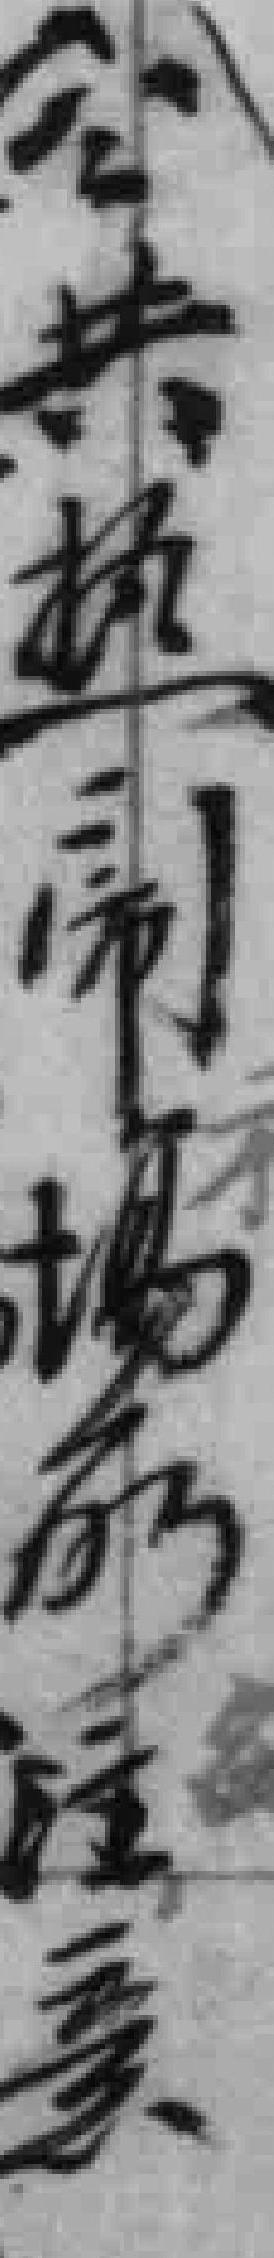
公共热闹場所注意